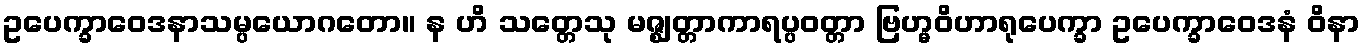
ဥပေက္ခာဝေဒနာသမ္ပယောဂတော။ န ဟိ သတ္တေသု မဇ္ဈတ္တာကာရပ္ပဝတ္တာ ဗြဟ္မဝိဟာရုပေက္ခာ ဥပေက္ခာဝေဒနံ ဝိနာ